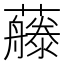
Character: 𰲕